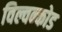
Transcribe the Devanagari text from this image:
विल्वन्कोड